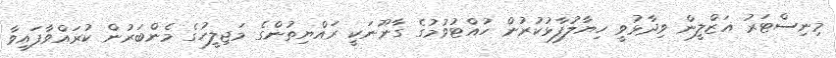
މިނިސްޓަރު އަޒްލީން ވިދާޅުވީ ހިޔާލުފާޅުކުރުން ހުއްޓުވުމުގެ ގާނޫނަކީ ރައްޔިތުންގެ މަޖިލީހުގެ މެންބަރުން ކުރައްވާފައިވާ